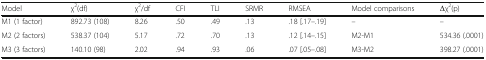
<table><thead><tr><td><b>Model</b></td><td><b>χ<sup>2</sup>(df)</b></td><td><b>χ<sup>2</sup>/df</b></td><td><b>CFI</b></td><td><b>TLI</b></td><td><b>SRMR</b></td><td><b>RMSEA</b></td><td><b>Model comparisons</b></td><td><b>Δχ<sup>2</sup>(p)</b></td></tr></thead><tbody><tr><td>M1 (1 factor)</td><td>892.73 (108)</td><td>8.26</td><td>.50</td><td>.49</td><td>.13</td><td>.18 [.17–.19]</td><td>–</td><td>–</td></tr><tr><td>M2 (2 factors)</td><td>538.37 (104)</td><td>5.17</td><td>.72</td><td>.70</td><td>.13</td><td>.12 [.14–.15]</td><td>M2-M1</td><td>534.36 (.0001)</td></tr><tr><td>M3 (3 factors)</td><td>140.10 (98)</td><td>2.02</td><td>.94</td><td>.93</td><td>.06</td><td>.07 [.05–.08]</td><td>M3-M2</td><td>398.27 (.0001)</td></tr></tbody></table>